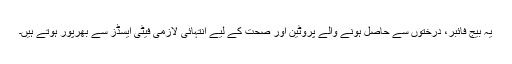
یہ بیج فائبر، درختوں سے حاصل ہونے والے پروٹین اور صحت کے لیے انتہائی لازمی فیٹی ایسڈز سے بھرپور ہوتے ہیں۔